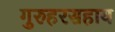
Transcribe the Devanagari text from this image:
गुरुहरसहाय